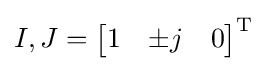
I,J={\begin{bmatrix}1&\pm j&0\end{bmatrix}}^{\mathrm {T} }